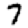
Digit: 7